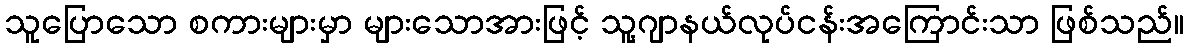
သူပြောသော စကားများမှာ များသောအားဖြင့် သူ့ဂျာနယ်လုပ်ငန်းအကြောင်းသာ ဖြစ်သည်။